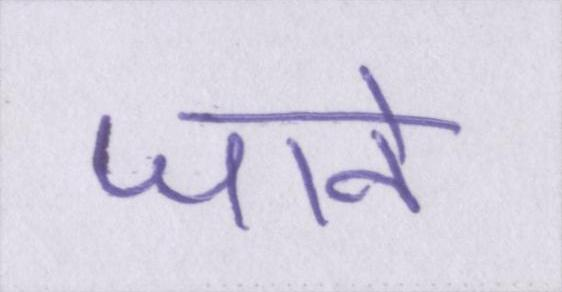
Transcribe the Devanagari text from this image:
जाने